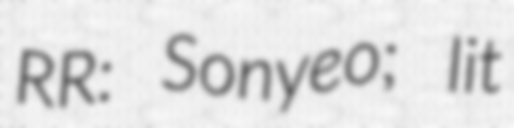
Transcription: RR: Sonyeo; lit